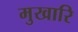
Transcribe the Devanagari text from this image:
मुखारि